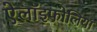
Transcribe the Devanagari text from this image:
ऐलॉइफोलिया